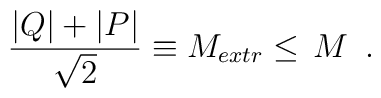
{|Q|+|P|\over \sqrt 2} \equiv M_{extr}  \leq \, M \,  \  .